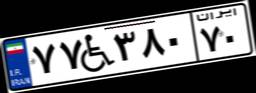
۷۷W۳۸۰۷۰